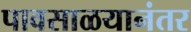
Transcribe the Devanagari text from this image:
पावसाळयानंतर